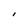
Character: i